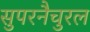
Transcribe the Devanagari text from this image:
सुपरनैचुरल